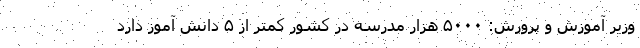
وزیر آموزش و پرورش: ۵۰۰۰ هزار مدرسه در کشور کمتر از ۵ دانش آموز دارد